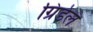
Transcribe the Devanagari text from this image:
ग्रिंडेल